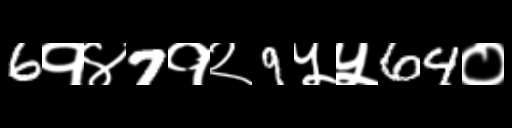
Text: 6१४7१२9५५64०